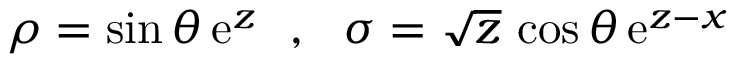
\rho = { \sin \theta } \, \mathrm { e } ^ { z } ~ ~ , ~ ~ \sigma = { \sqrt { z } } \, \cos \theta \, \mathrm { e } ^ { z - x }